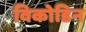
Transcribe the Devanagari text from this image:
विकोडिन